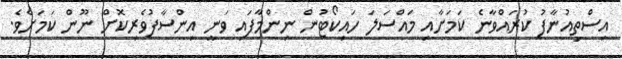
އިސްތިއުނާފު ކުރައްވާނެ ކަމަށާއި މައްސަލަ ހައިކޯޓުން ނިންމާފައި ވަނީ އިންސާފުވެރިކޮށް ނޫން ކަމަށެވެ.